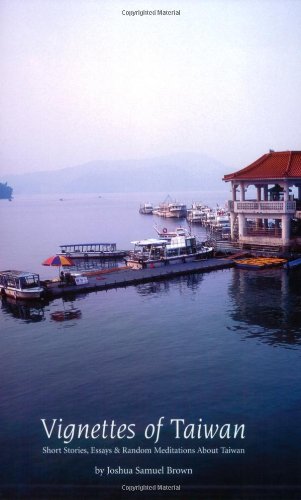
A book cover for Vignettes of Taiwan: Short Stories, Essays & Random Meditations about Taiwan; Joshua Samuel Brown; Travel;